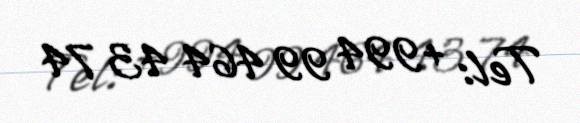
Tel: +994 99 464 43 74